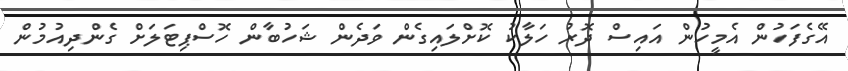
އޭގެފަހުން އެމީހުން އައިސް ދޮރު ހަލާކު ކޮށްލައިގެން ވަދެން ޝަހުބާން ހޮސްޕިޓަލަށް ގެންދިއުމުން